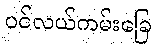
ပင်လယ်ကမ်းခြေ